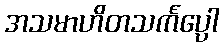
အသမာဟိတသင်္ကပ္ပေါ